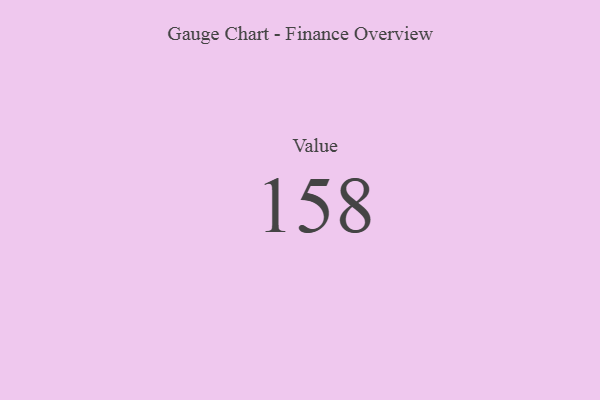
{"axis": {"x": "Metric", "y": "Value"}, "legend": [""], "data": [{"x": "Value", "y": 158, "type": ""}]}